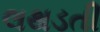
લથડતી